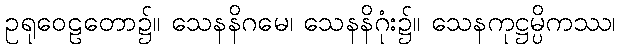
ဥရုဝေဠတော၌။ သေနနိဂမေ၊ သေနနိဂုံး၌။ သေနကုဋ္ဌမ္ပိကဿ၊